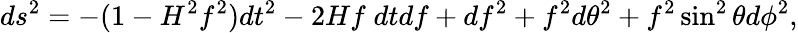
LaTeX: ds^{2}=-(1-H^{2}f^{2})dt^{2}-2Hf\; dtdf+df^{2}+f^{2}d\theta^{2}+f^{2}\sin^{2}\theta d\phi^{2},